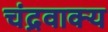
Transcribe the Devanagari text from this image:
चंद्रवाक्य